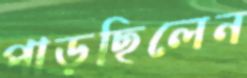
পাড়ছিলেন